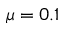
\mu = 0 . 1